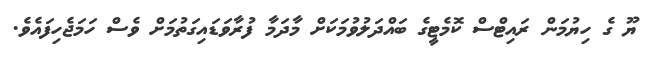
ޔޫ ގެ ހިޔުމަން ރައިޓްސް ކޮމެޓީގެ ބައްދަލުވުމަކަށް މާދަމާ ފުރާވަޑައިގަތުމަށް ވެސް ހަމަޖެހިފައެވެ.